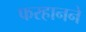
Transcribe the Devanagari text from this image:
फरहानने